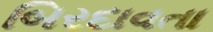
બિરદાવતા